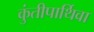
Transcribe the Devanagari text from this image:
कुंतीपार्थिवा